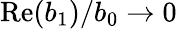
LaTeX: \mathrm{Re}(b_{1})/b_{0}\rightarrow 0